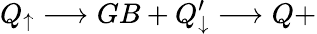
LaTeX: Q_{\uparrow}\longrightarrow GB+Q_{\downarrow}^{\prime}\longrightarrow Q+